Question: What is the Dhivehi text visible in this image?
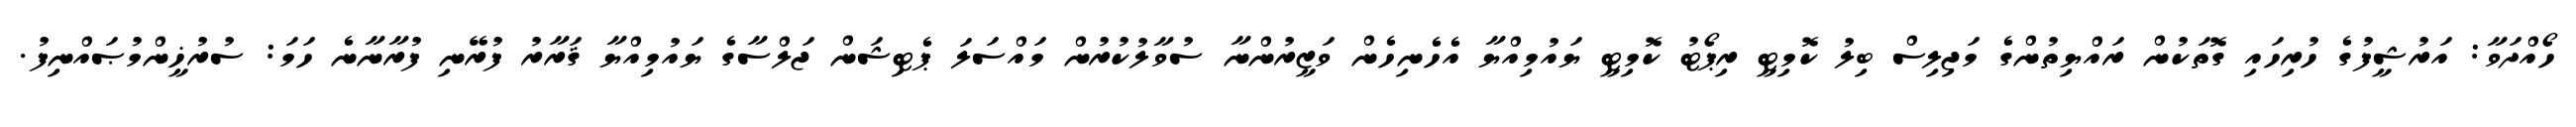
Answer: ހޯއްދަވާ: އަރުޝީފުގެ ހުރިހައި ގޮތަކުން ރައްޔިތުންގެ މަޖިލިސް ބިލު ކޮމިޓީ ރިޕޯޓު ކޮމިޓީ ޔައުމިއްޔާ އެހެނިހެން ވަޒީރުންނާ ސުވާލުކުރުން މައްސަލަ ޕެޓިޝަން ޖަލްސާގެ ޔައުމިއްޔާ ޤަރާރު ފުރޭނި ފުރާނާނެ ހަމަ: ސުރުޚީންމުޞައްނިފު.